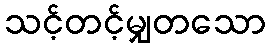
သင့်တင့်မျှတသော